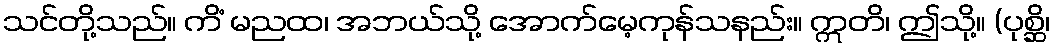
သင်တို့သည်။ ကိံ မညထ၊ အဘယ်သို့ အောက်မေ့ကုန်သနည်း။ ဣတိ၊ ဤသို့။ (ပုစ္ဆိ၊